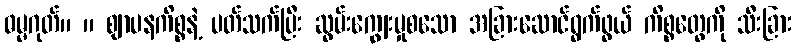
ဓမ္မဂုတ်။ ။ ဈာပနကိစ္စနဲ့ ပတ်သက်ပြီး ဆွမ်းကျွေးမှုစသော အခြားဆောင်ရွက်ဖွယ် ကိစ္စတွေကို သီးခြား